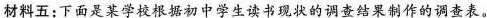
材料五：下面是某学校根据初中学生读书现状的调查结果制作的调查表。